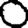
Digit: 0